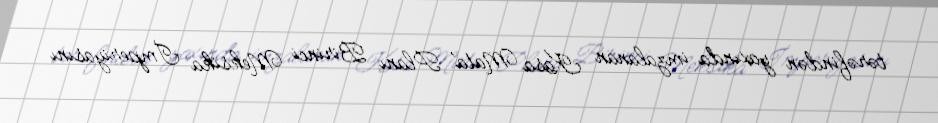
tərəfindən yaxında imzalanan Kasa Mata' Planı Birinci Meksika İmperiyasını